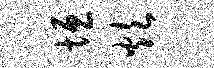
垣炊